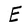
Character: E